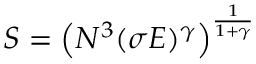
S = \left( N ^ { 3 } ( \sigma E ) ^ { \gamma } \right) ^ { \frac { 1 } { 1 + \gamma } }